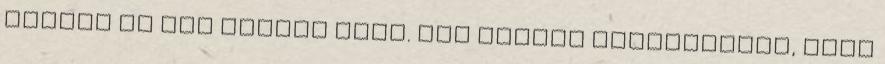
nélkül én nem vágnék neki. Nem foglak elriasztani, hogy